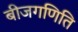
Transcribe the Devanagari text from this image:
बीजगणिति